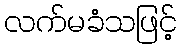
လက်မခံသဖြင့်